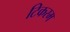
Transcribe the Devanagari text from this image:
टिकरम